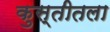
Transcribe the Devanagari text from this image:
कुस्तीतला